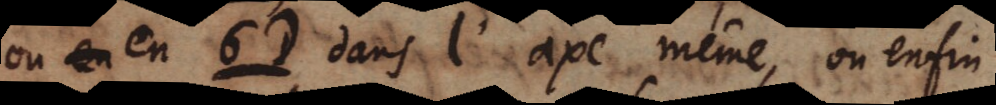
ou en en 6D dans l’axe même, ou enfin